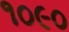
૧૦૯૦